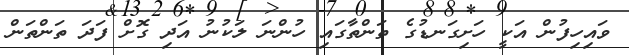
ވައިހިފުން އަކީ ހަށިގަނޑުގެ ތަންތާގައި ހުންނަ ލަކުނު އަދި ގޮށް ފަދަ ތަންތަން